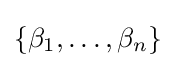
\{\beta _{1},\ldots ,\beta _{n}\}